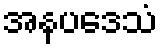
အနပဒေသံ